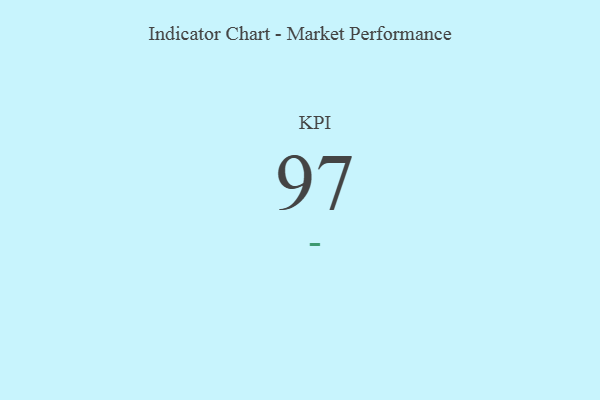
{"axis": {"x": "KPI", "y": "Value"}, "legend": [""], "data": [{"x": "KPI", "y": 97, "type": ""}]}